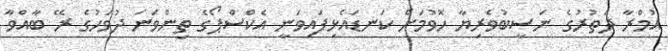
އުމްރާ ދަތުރުގެ ނަސީބުވެރިޔާ ހޮވުމަށް ކަނޑައެޅިފައިވަނީ އެކްސްޕޯގެ ތިންވަނަ ދުވަހުގެ ރޭ ބާއްވާ